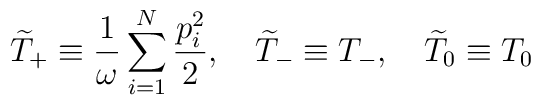
\widetilde{T}_+\equiv\frac{1}{\omega}    \sum_{i=1}^N\frac{p_{i}^{2}}{2}, \quad \widetilde{T}_-\equiv T_-, \quad \widetilde{T}_0\equiv T_0